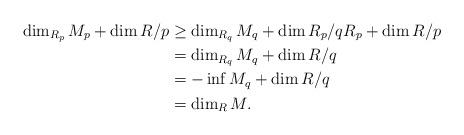
LaTeX: \begin{align*} \dim_{R_p}M_p+\dim R\slash p&\geq\dim_{R_q}M_q+\dim R_p\slash {qR_p}+\dim R\slash p\\&=\dim_{R_q}M_q+\dim R\slash q\\&=-\inf M_q+\dim R\slash q\\&=\dim_RM.\end{align*}